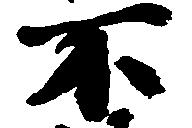
不